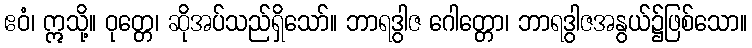
ဧဝံ၊ ဣသို့။ ဝုတ္တေ၊ ဆိုအပ်သည်ရှိသော်။ ဘာရဒွါဇ ဂေါတ္တော၊ ဘာရဒွါဇအနွယ်၌ဖြစ်သော။